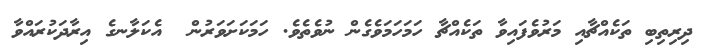
ދިރިތިބި ތަކެއްޗާއި މަރުވެފައިވާ ތަކެއްޗާ ހަމަހަމަވެގެން ނުވެތެވެ. ހަމަކަށަވަރުން  އެކަލާނގެ އިރާދަކުރައްވާ